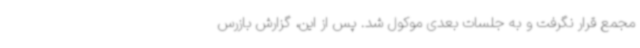
مجمع قرار نگرفت و به جلسات بعدی موکول شد. پس از این، گزارش بازرس